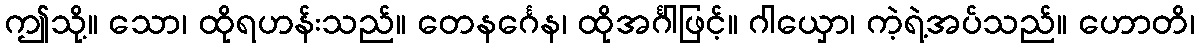
ဤသို့။ သော၊ ထိုရဟန်းသည်။ တေနင်္ဂေန၊ ထိုအင်္ဂါဖြင့်။ ဂါယှော၊ ကဲ့ရဲ့အပ်သည်။ ဟောတိ၊